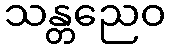
သန္တညေဝ